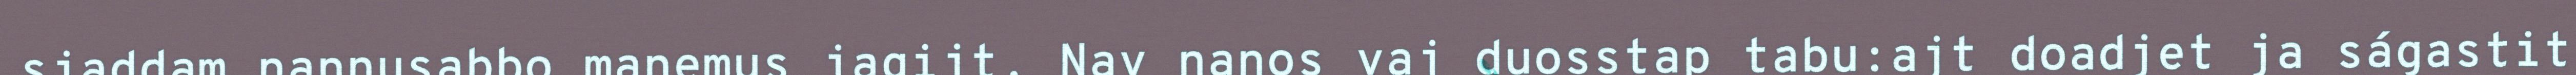
sjaddam nannusabbo maŋemus jagijt. Nav nanos vaj duosstap tabu:ajt doadjet ja ságastit